Insane asylums in Bengal annual reports 1867-1875 - 1867-1875
Year: 1867
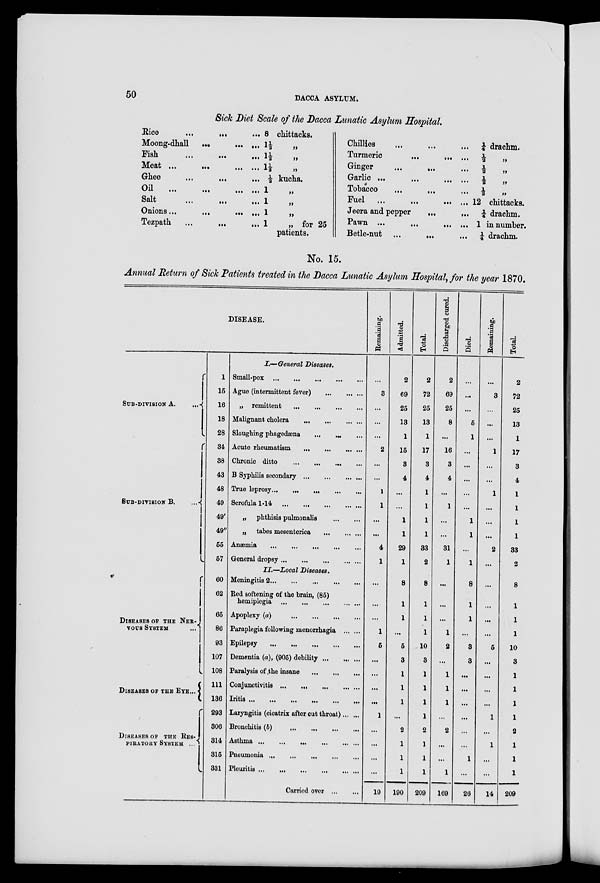
50
DACCA ASYLUM.
Sick Diet Scale of the Dacca Lunatic Asylum Hospital.
Rice ... ... ...
Moong-dhall
...
...
...
Fish
...
...
...
...
Meat
...
...
...
...
Ghee ... ... ...
Oil ... ... ...
Salt
...
...
...
Onions...
...
...
...
Tezpath
...
...
...
8 chittacks.
1½ „
1½ „
1½ „
½ kucha.
1 „
1 „
1 „
1
„ for 25
patients.
Chillies ... ... ...
Turmeric
...
...
...
Ginger
...
... ...
Garlic ... ... ... ...
Tobacco ... ... ...
Fuel ... ... ... ...
Jeera and pepper ... ...
Pawn ... ... ...
Betle-nut ... ... ...
¼ drachm.
½ „
½ „
½
„
½ „
12 chittacks.
¼ drachm.
1 in number.
¼ drachm.
No. 15.
Annual Return of Sick Patients treated in the Dacca Lunatic Asylum Hospital, for the year 1870.
DISEASE.
SUB-DIVISION A.
...
SUB-DIVISION B.
...
DISEASES OF THE NER-
VOUS SYSTEM.
DISEASES OF THE EYE...
DISEASES OF THE RES-
PIRATORY SYSTEM ...
1
15
16
18
28
34
38
43
48
49
49'
49"
55
57
60
62
65
86
93
107
108
111
136
293
306
314
315
331
I.—General Diseases.
Small-pox
...
...
...
...
...
Ague (intermittent fever)
...
...
...
„ remittent ... ... ... ...
Malignant cholera
...
...
...
...
Sloughing phagedæna
... ... ...
Acute rheumatism
...
...
...
...
Chronic ditto
...
...
...
...
B Syphilis secondary
...
...
...
...
True leprosy
...
...
...
...
Scrofula 1-14
...
...
...
...
...
„
phthisis pulmonalis ... ... ...
„
tabes mesenterica
...
...
...
Anæmia
...
...
...
...
...
...
General dropsy
...
...
...
...
...
II.—Local Diseases.
Meningitis 2 ... ... ... ... ... ... ...
Red softening of the brain, (85)
hemiplegia
...
...
...
...
...
Apoplexy (a)
...
...
...
...
Paraplegia following monorrhagia ... ...
Epilepsy ... ... ... ... ...
Dementia (a), (905) debility ... ... ...
Paralysis of the insane
...
...
...
Conjunctivitis ... ... ... ...
Iritis ...
...
...
...
...
...
Laryngitis (cicatrix after out throat) ... ...
Bronchitis (b) ... ... ... ...
Asthma
...
...
...
...
...
Pneumonia
...
...
...
...
...
Pleuritis
...
...
...
...
...
...
Carried over
...
...
Remaining.
...
3
...
...
...
2
...
...
1
1
...
...
4
1
...
...
...
1
5
...
...
...
...
1
...
...
...
...
19
Admitted.
2
69
25
13
1
15
3
4
...
...
1
1
29
1
8
1
1
...
5
3
1
1
1
...
2
1
1
1
190
Total.
2
72
25
13
1
17
3
4
1
1
1
1
33
2
8
1
1
1
10
3
1
1
1
1
2
1
1
1
209
Discharged cured.
2
69
25
8
...
16
3
4
...
1
...
...
31
1
...
...
...
1
2
...
1
1
1
...
2
...
...
1
169
Died.
...
...
...
5
1
...
...
...
...
...
1
1
...
1
8
1
1
...
3
3
...
...
...
...
...
...
1
...
26
Remaining.
...
3
...
...
...
1
...
...
1
...
...
...
2
...
...
...
...
...
5
...
...
...
...
1
...
1
...
...
14
Total.
2
72
25
13
1
17
3
4
1
1
1
1
33
2
8
1
1
1
10
3
1
1
1
1
2
1
1
1
209